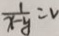
\frac { 1 } { x - y } = v